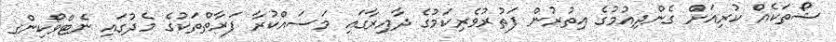
ޝޯތަކެއް ކުރިއަށް ގެންދިއުމުގެ އިތުރުން ފަތުރުވެރިކަމުގެ ދާއިރާގައި މަސައްކުރާ ފަރާތްތަކުގެ މެދުގައި ނެޓްވޯކިންގ